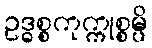
ဥဒ္ဓစ္စကုက္ကုစ္စမ္ပိ